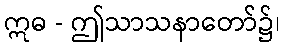
ဣဓ - ဤသာသနာတော်၌၊